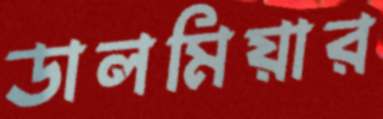
ডালমিয়ার